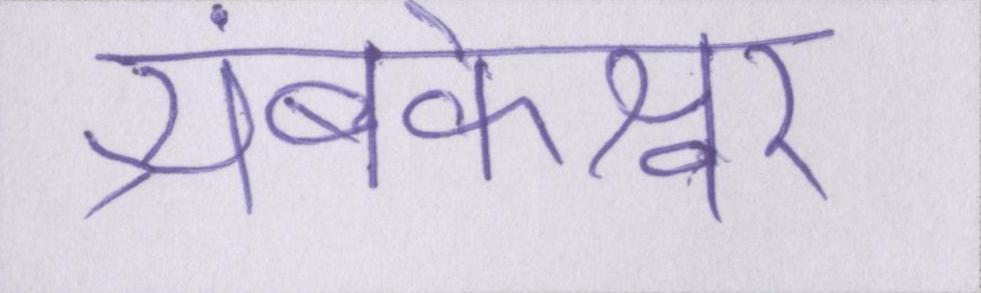
त्र्यंबकेश्वर